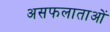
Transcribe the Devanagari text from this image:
असफलाताओं